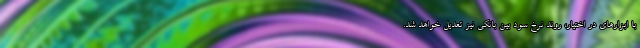
با ابزار‌های در اختیار، روند نرخ سود بین بانکی نیز تعدیل خواهد شد.